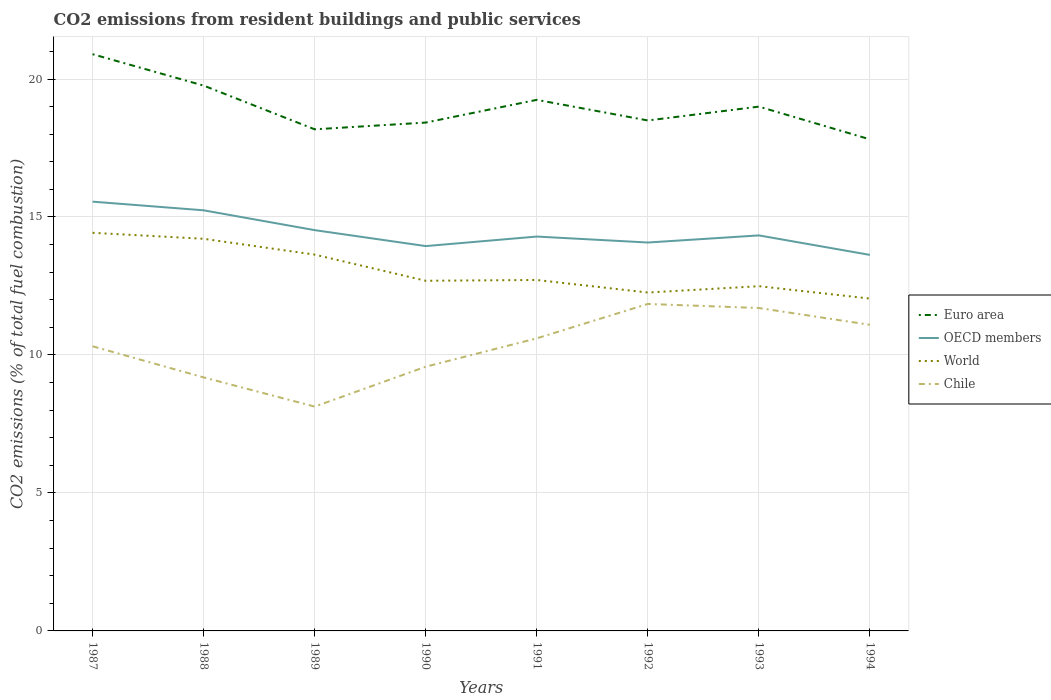
| Years | Euro area | OECD members | World | Chile |
 | --- | --- | --- | --- | --- |
 | 1987 | 20.9 | 15.6 | 14.4 | 10.3 |
 | 1988 | 19.8 | 15.2 | 14.2 | 9.19 |
 | 1989 | 18.2 | 14.5 | 13.6 | 8.13 |
 | 1990 | 18.4 | 13.9 | 12.7 | 9.57 |
 | 1991 | 19.2 | 14.3 | 12.7 | 10.6 |
 | 1992 | 18.5 | 14.1 | 12.3 | 11.8 |
 | 1993 | 19 | 14.3 | 12.5 | 11.7 |
 | 1994 | 17.8 | 13.6 | 12 | 11.1 |